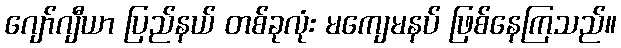
ဂျော်ဂျီယာ ပြည်နယ် တစ်ခုလုံး မကျေမနပ် ဖြစ်နေကြသည်။